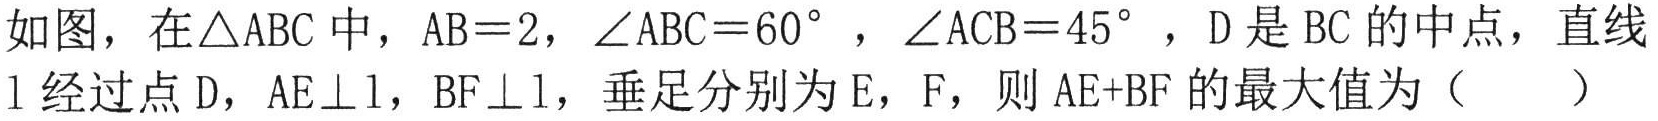
如图，在\(\triangle ABC\)中，\(AB = 2\)，\(\angle ABC = 60^{\circ}\)，\(\angle ACB = 45^{\circ}\)，\(D\)是\(BC\)的中点，直线\(l\)经过点\(D\)，\(AE\perp l\)，\(BF\perp l\)，垂足分别为\(E\)，\(F\)，则\(AE + BF\)的最大值为（  ）